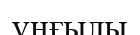
ұңғылы